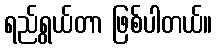
ရည်ရွယ်တာ ဖြစ်ပါတယ်။